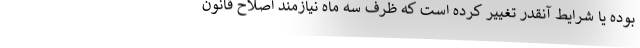
بوده یا شرایط آنقدر تغییر کرده است که ظرف سه ماه نیازمند اصلاح قانون